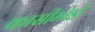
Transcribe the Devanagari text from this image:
कासीमोडो